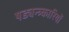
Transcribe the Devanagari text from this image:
षड्यन्त्र्कारियों